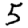
Digit: 5